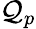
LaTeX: \mathcal{Q}_{p}